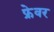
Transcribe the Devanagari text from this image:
फ्रेवर